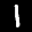
Label: 1